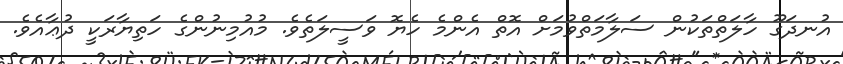
އުނދަގޫ ހާލަތްތަކުން ސަލާމަތްވުމަށް އޮތް އެންމެ ހެޔޮ ވަސީލަތެވެ. މުއުމިނުންގެ ހަތިޔާރަކީ ދުޢާއެވެ.